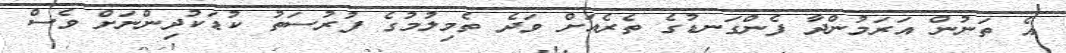
އެ ތަނުން އަރަމުންދާ ފެންގަނޑުގެ ތެރެއަށް ވަދެ ތެމިލުމުގެ ފުރުސަތު ކުޑަކުދިންނަށް ވެސް